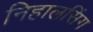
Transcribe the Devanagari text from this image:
निहालसिंग